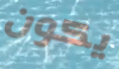
يكون